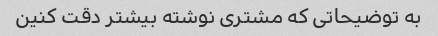
به توضیحاتی که مشتری نوشته بیشتر دقت کنین